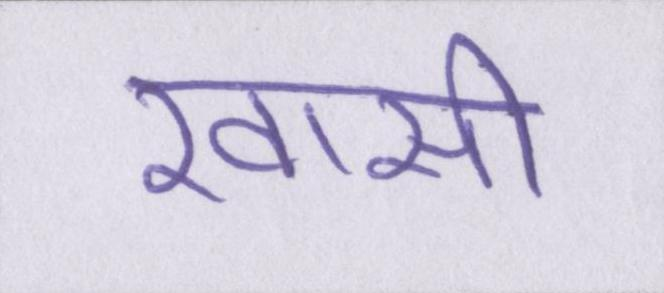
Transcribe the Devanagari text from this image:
खासी